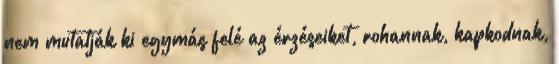
nem mutatják ki egymás felé az érzéseiket, rohannak, kapkodnak,